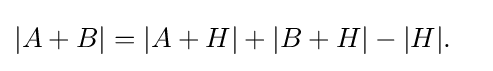
{\begin{aligned}|A+B|&=|A+H|+|B+H|-|H|.\end{aligned}}